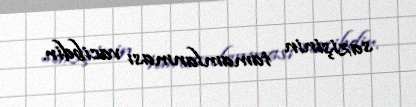
sazişinin tamamlanması vacibdir.